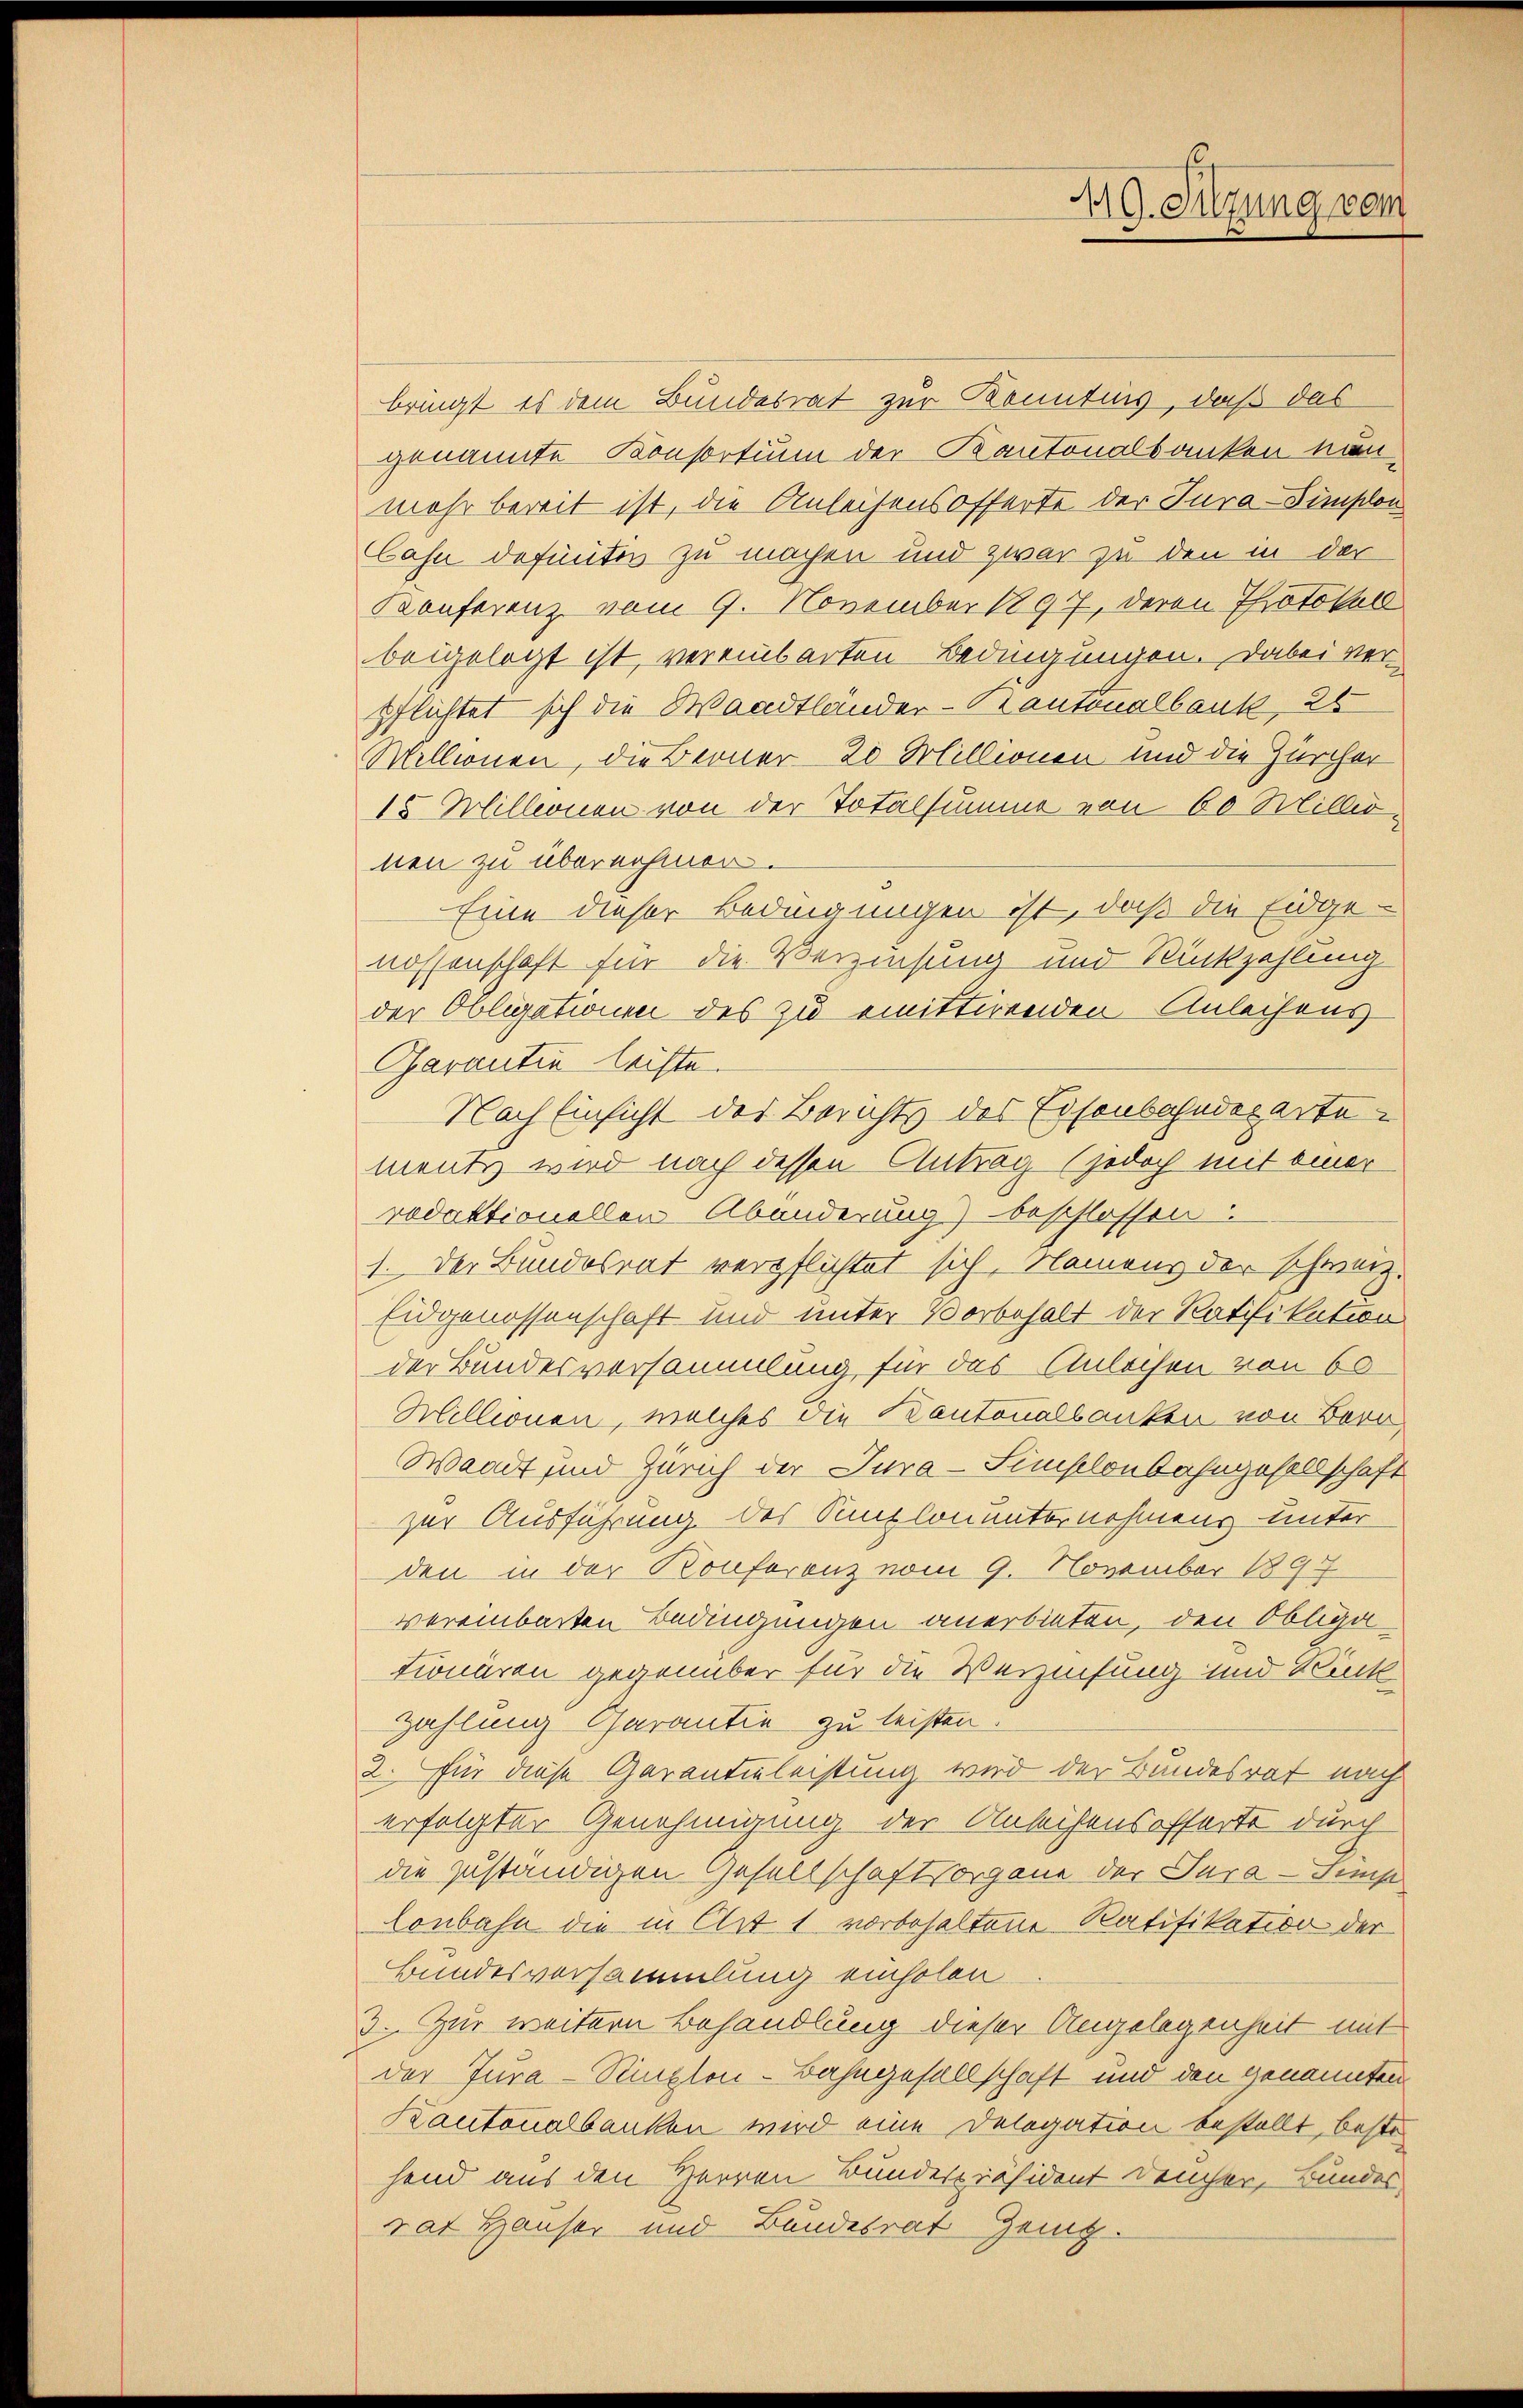
bringt es dem Bundesrat zur Kenntnis, daß das
genannte Konsortium der Kantonalbanken nun
mehr bereit ist, die Anleihens offerte der Jura-Simplon
Cahn defunter zu machen und zwar zu den in der
Konferenz vom 9. November 1897, deren Protokoll
beigelegt ist, vereinbarten Bedingungen. Dabei verpflichtet sich die Waadtländer-Kantonalbank, 26
Millionen, die Berner 20 Millionen und die Zürcher
15 Millionen von der Totalsumme von 60 Millernen zu übernehmen.
Eine dieser Bedingungen ist, daß die Eidge-
nossenschaft für die Verzinsung und Rückzahlung
der Obligationen des zu emittirenden Anleihens
Garantie leiste.
Nach Einsicht des Berichts des Eisenbahndepartements wird nach dessen Antrag (jedoch mit einer
redaktionellen Abänderung) beschlossen:
1. Der Bundesrat verpflichtet sich, Namens der schweiz.
Eidgenossenschaft und unter Vorbehalt der Ratifikation
der Bundesversammlung für das Anleihen von 60
Millionen, welches die Kantonalbanken von Bern,
Waadt und Zürich der Jura-Simplonbahngesellschaft
zur Ausführung des Sunzlonunternehmens unter
den in der Konferenz vom 9. November 1897
vereinbarten Bedingungen anerbieten, den Obliga-
tionären gegenüber für die Verzinsung und Kink
Zahlung Carantie zu leisten.
2. Für diese Garantieleistung wird der Bundesrat nach
erfolgter Genehmigung der Anleihensofferte durch
die zuständigen Gesellschaftsorgane der Jura - Semp
Lonbahn die in Art 1 vorbehaltene Ratifikation der
Bundesversammlung einholen
3. Zur weitern Behandlung dieser Angelegenheit mit
der Jura-Stizlen-Bahngesellschaft und den Genannten
Kantonalbanken wird eine Delegation bestellt, beste
hend aus den Herren Bundespräsident Feucher, Bundes
rat Häuser und Bundesrat Zeit-

49. Sitzung vom